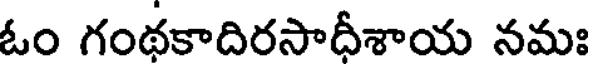
ఓం గంథకాదిరసాదీశాయ నమః